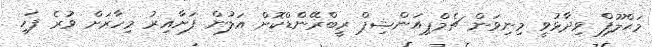
މަޙްލޫފް ވިދާޅުވީ މިނިވަން ޗެމްޕިއަންޝިޕް ރީބްރޭންޑްކޮށް އަލުން ފަށާއިރު މިހާރަށް ވުރެ ފަހި